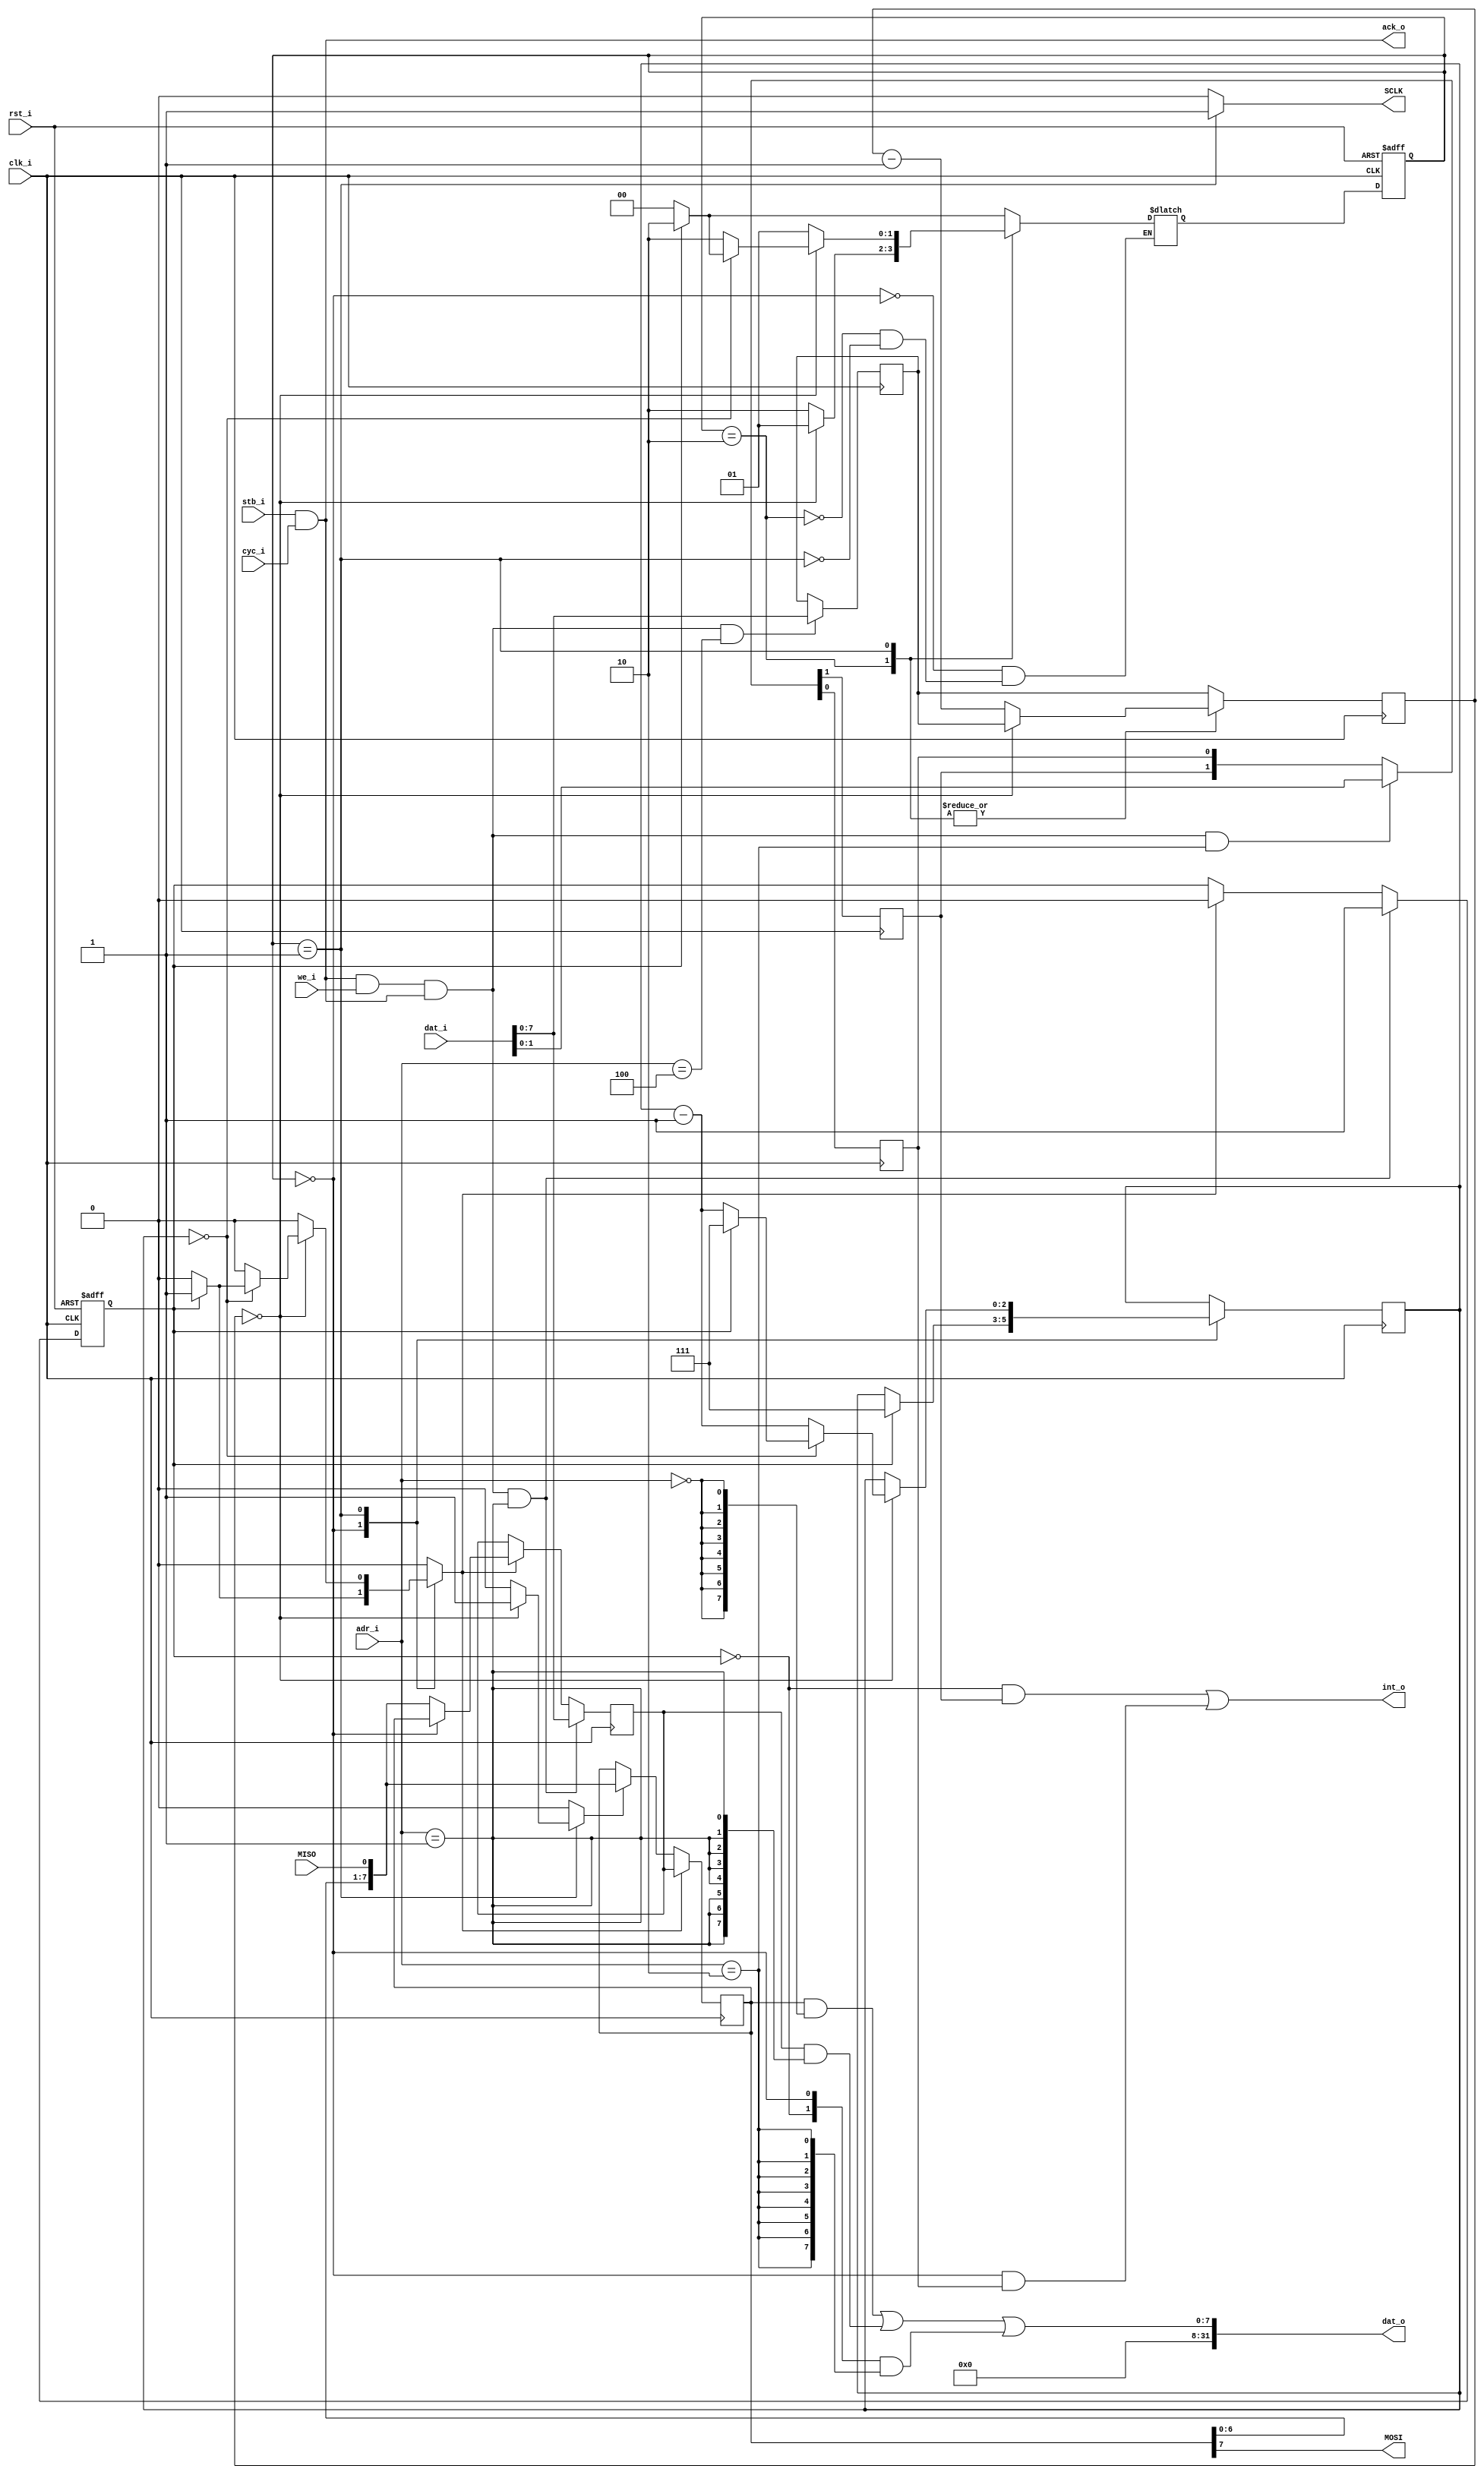
//////////////////////////////////////////////////////////////////////
////                                                              ////
////  tiny_spi.v                                                  ////
////                                                              ////
////  This file is part of the TINY SPI IP core project           ////
////  http://www.opencores.org/projects/tiny_spi/                 ////
////                                                              ////
////  Author(s):                                                  ////
////      - Thomas Chou <thomas@wytron.com.tw>                    ////
////                                                              ////
////  All additional information is avaliable in the README       ////
////  file.                                                       ////
////                                                              ////
//////////////////////////////////////////////////////////////////////
////                                                              ////
//// Copyright (C) 2010 Authors                                   ////
////                                                              ////
//// This source file may be used and distributed without         ////
//// restriction provided that this copyright statement is not    ////
//// removed from the file and that any derivative work contains  ////
//// the original copyright notice and the associated disclaimer. ////
////                                                              ////
//// This source file is free software; you can redistribute it   ////
//// and/or modify it under the terms of the GNU Lesser General   ////
//// Public License as published by the Free Software Foundation; ////
//// either version 2.1 of the License, or (at your option) any   ////
//// later version.                                               ////
////                                                              ////
//// This source is distributed in the hope that it will be       ////
//// useful, but WITHOUT ANY WARRANTY; without even the implied   ////
//// warranty of MERCHANTABILITY or FITNESS FOR A PARTICULAR      ////
//// PURPOSE.  See the GNU Lesser General Public License for more ////
//// details.                                                     ////
////                                                              ////
//// You should have received a copy of the GNU Lesser General    ////
//// Public License along with this source; if not, download it   ////
//// from http://www.opencores.org/lgpl.shtml                     ////
////                                                              ////
/*

This is an 8 bits SPI master controller. It features optional 
programmable baud rate and SPI mode selection. Altera SPI doesn't
support programmable rate which is needed for MMC SPI, nor does
Xilinx SPI.

It is small. It combines transmit and receive buffer and remove unused 
functions. It takes only 36 LEs for SPI flash controller, or 53 LEs for 
MMC SPI controller in an Altera CycoloneIII SOPC project. While Altera 
SPI takes around 143 LEs. OpenCores SPI takes 857 LEs and simple SPI 
takes 171 LEs.

It doesn't generate SS_n signal. Please use gpio core for SS_n, which
costs 3- LEs per pin. The gpio number is used for the cs number in
u-boot and linux drivers.


Parameters:

BAUD_WIDTH: bits width of programmable divider
  sclk = clk / ((baud_reg + 1) * 2)
  if BAUD_DIV is not zero, BAUD_WIDTH is ignored.

BAUD_DIV: fixed divider, must be even
  sclk = clk / BAUD_DIV

SPI_MODE: value 0-3 fixed mode CPOL,CPHA
          otherwise (eg, 4) programmable mode in control reg[1:0]

Registers map:

base+0  R shift register
base+4  R buffer register
        W buffer register
base+8  R status
	  [1] TXR transfer ready
          [0] TXE transter end
        W irq enable
          [1] TXR_EN transfer ready irq enable
       	  [0] TXE_EN transter end irq enable
base+12 W control (optional)
          [1:0] spi mode
base+16 W baud divider (optional)

Program flow:

There is an 8-bits shift register and buffer register.

1. after reset or idle, TXR=1, TXE=1
2. first byte written to buffer register, TXR=0, TXE=1
3. buffer register swabbed with shift register, TXR=1, TXE=0   
   shift register has the first byte and starts shifting
   buffer register has (useless) old byte of shift register
4. second byte written to buffer register, TXR=0, TXE=0
5. first byte shifted,
   buffer register swabbed with shift register, TXR=1, TXE=0
   shift register has the second byte and starts shifting
   buffer register has the first received byte from shift register
6. third byte written to buffer register, TXR=0, TXE=0
7. repeat like 5.

9. last byte written to buffer register, TXR=0, TXE=0
10. last-1 byte shifted,
   buffer register swabbed with shift register, TXR=1, TXE=0
   shift register has the last byte and starts shifting
   buffer register has the last-1 received byte from shift register
11. last byte shifted, no more to write, TXR=1, TXE=1
   shift register has the last received byte
   
Interrupt usage:
Interrupt is controlled with irq enable reg.

For performace issue, at sclk > 200KHz, interrupt should not be used and 
polling will get better result. In this case, interrupt can be 
disconnected in SOPC builder to save 2 LEs. A 100MHz Nios2 is able to
serve 25 MHz sclk using polling.

This core uses zero-wait bus access. Clock crossing bridges between
CPU and this core might reduce performance.

*/
//////////////////////////////////////////////////////////////////////

module tiny_spi(
   // system
   input	  rst_i,
   input	  clk_i,
   // memory mapped
   input	  stb_i,
   input	  we_i,
   output [31:0]  dat_o,
   input [31:0]   dat_i,
   output	  int_o,
   input [2:0]	  adr_i,
   input 	  cyc_i, // comment out for avalon
   output 	  ack_o, // comment out for avalon

   // spi
   output	  MOSI,
   output	  SCLK,
   input	  MISO
   );

   parameter BAUD_WIDTH = 8;
   parameter BAUD_DIV = 0;
   parameter SPI_MODE = 0;
   parameter BC_WIDTH = 3;
   parameter DIV_WIDTH = BAUD_DIV ? $clog2(BAUD_DIV / 2 - 1) : BAUD_WIDTH;


   reg [7:0]	  sr8, bb8;
   wire [7:0]	  sr8_sf;
   reg [BC_WIDTH - 1:0]		bc, bc_next;
   reg [DIV_WIDTH - 1:0]	ccr;
   reg [DIV_WIDTH - 1:0]	cc, cc_next;
   wire		  misod;
   wire		  cstb, wstb, bstb, istb;
   reg		  sck;
   reg		  sf, ld;
   reg		  bba;   // buffer flag
   reg		  txren, txeen;
   wire 	  txr, txe;
   wire		  cpol, cpha;
   reg		  cpolr, cphar;
   wire 	  wr;
   // wire 	  cyc_i; // comment out for wishbone
   // wire 	  ack_o; // comment out for wishbone
   // assign cyc_i = 1'b1;  // comment out for wishbone
   assign ack_o = stb_i & cyc_i; // zero wait
   assign wr = stb_i & cyc_i & we_i & ack_o;
   assign wstb = wr & (adr_i == 1);
   assign istb = wr & (adr_i == 2);
   assign cstb = wr & (adr_i == 3);
   assign bstb = wr & (adr_i == 4);
   assign sr8_sf = { sr8[6:0],misod };
   assign dat_o =
		      (sr8 & {8{(adr_i == 0)}})
		    | (bb8 & {8{(adr_i == 1)}})
		    | ({ txr, txe } & {8{(adr_i == 2)}})
		      ;

   parameter
     IDLE = 0,
     PHASE1 = 1,
     PHASE2 = 2
     ;

   reg [1:0] spi_seq, spi_seq_next;
   always @(posedge clk_i or posedge rst_i)
     if (rst_i)
       spi_seq <= IDLE;
     else
       spi_seq <= spi_seq_next;

   always @(posedge clk_i)
     begin
	cc <= cc_next;
	bc <= bc_next;
     end

   always @(/*AS*/bba or bc or cc or ccr or cpha or cpol or spi_seq)
     begin
	sck = cpol;
	cc_next = BAUD_DIV ? (BAUD_DIV / 2 - 1) : ccr;
	bc_next = bc;
	ld = 1'b0;
	sf = 1'b0;

	case (spi_seq)
	  IDLE:
	    begin
	       if (bba)
		 begin
		    bc_next = 7;
		    ld = 1'b1;
		    spi_seq_next = PHASE2;
		 end
	       else
		 spi_seq_next = IDLE;
	    end
	  PHASE2:
	    begin
	       sck = (cpol ^ cpha);
	       if (cc == 0)
		 spi_seq_next = PHASE1;
	       else
		 begin
		    cc_next = cc - 1;
		    spi_seq_next = PHASE2;
		 end
	    end
	  PHASE1:
	    begin
	       sck = ~(cpol ^ cpha);
	       if (cc == 0)
		 begin
		    bc_next = bc -1;
		    sf = 1'b1;
		    if (bc == 0)
		      begin
			 if (bba)
			   begin
			      bc_next = 7;
			      ld = 1'b1;
			      spi_seq_next = PHASE2;
			   end
			 else
			   spi_seq_next = IDLE;
		      end
		    else
		      spi_seq_next = PHASE2;
		 end
	       else
		 begin
		    cc_next = cc - 1;
		    spi_seq_next = PHASE1;
		 end
	    end
	endcase
     end // always @ (...

   always @(posedge clk_i)
     begin
	if (cstb) // control reg
	  { cpolr, cphar } <= dat_i;
	else
	  { cpolr, cphar } <= { cpolr, cphar };

	if (istb) // irq enable reg
	  { txren, txeen } <= dat_i;
	else
	  { txren, txeen } <= { txren, txeen };

	if (bstb) // baud reg
	  ccr <= dat_i;
	else
	  ccr <= ccr;

	if (ld)   // shift reg
	  sr8 <= bb8;
	else if (sf)
	  sr8 <= sr8_sf;
	else
	  sr8 <= sr8;

	if (wstb) // buffer reg
	  bb8 <= dat_i;
	else if (ld)
	  bb8 <= (spi_seq == IDLE) ? sr8 : sr8_sf;
	else
	  bb8 <= bb8;
     end // always @ (posedge clk_i)

   always @(posedge clk_i or posedge rst_i)
     begin
	if (rst_i)
	  bba <= 1'b0;
	else if (wstb)
	  bba <= 1'b1;
	else if (ld)
	  bba <= 1'b0;
	else
	  bba <= bba;
     end

   assign { cpol, cpha } = ((SPI_MODE >= 0) & (SPI_MODE < 4)) ?
			   SPI_MODE : { cpolr, cphar };
   assign txe = (spi_seq == IDLE);
   assign txr = ~bba;
   assign int_o = (txr & txren) | (txe & txeen);
   assign SCLK = sck;
   assign MOSI = sr8[7];
   assign misod = MISO;

endmodule